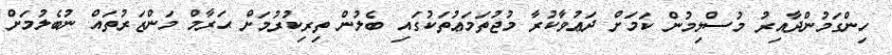
ހިންގަމުންދާއިރު މުސްލިމުން ކަމަށް ދަޢުވާކުރާ މުޖުތަމަޢުތަކުގައި ބެލުން ތިރިކުރުމަށް ޙަރާމް މަންޒަރުތައް ނުބެލުމަށް